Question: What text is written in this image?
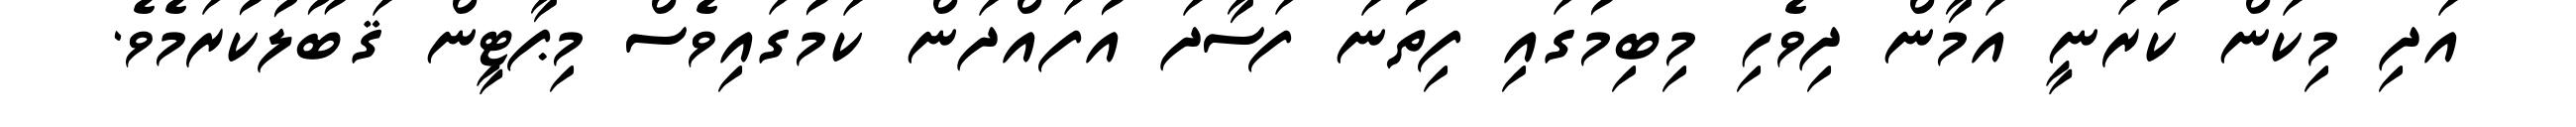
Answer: އަދި މިކަން ކުރަނީ އަމާން ދިވެހި މިބިމުގައި ފިތުނަ ފަސާދަ އުފައްދަން ކަމުގައިވެސް މިޕާޓީން ޤަބޫލުކުރަމެވެ.